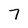
Character: 7